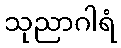
သုညာဂါရံ